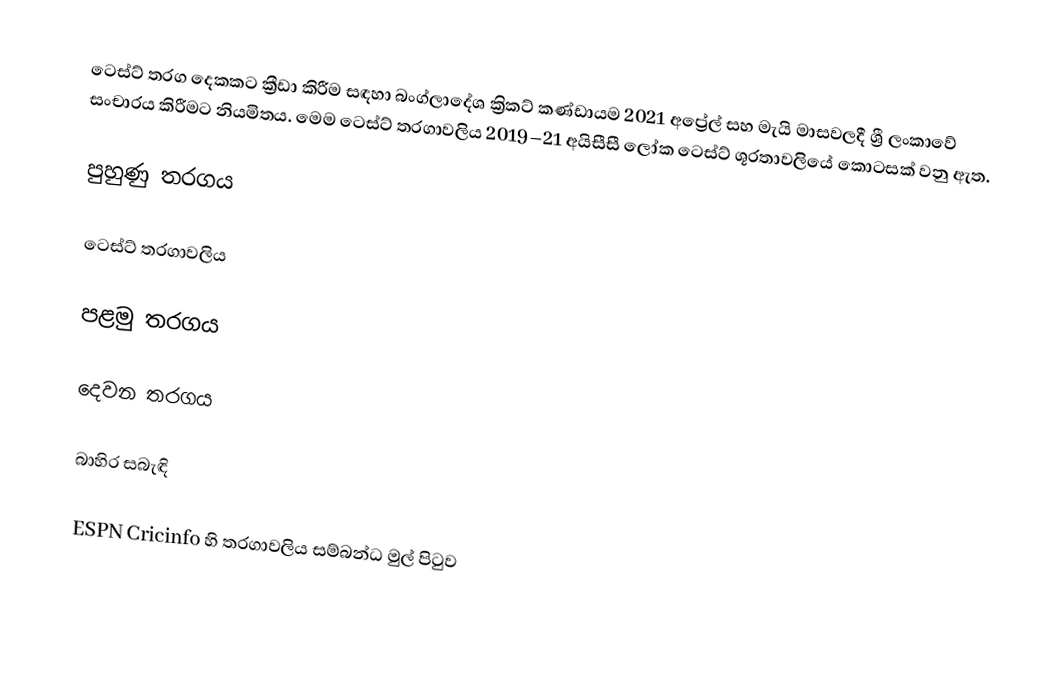
ටෙස්ට් තරග දෙකකට ක්‍රීඩා කිරීම සඳහා බංග්ලාදේශ ක්‍රිකට් කණ්ඩායම 2021 අප්‍රේල් සහ මැයි මාසවලදී ශ්‍රී ලංකාවේ සංචාරය කිරීමට නියමිතය.  මෙම ටෙස්ට් තරගාවලිය 2019–21 අයිසීසී ලෝක ටෙස්ට් ශූරතාවලියේ කොටසක් වනු ඇත.

පුහුණු තරගය

ටෙස්ට් තරගාවලිය

පළමු තරගය

දෙවන තරගය

බාහිර සබැඳි

 ESPN Cricinfo හි තරගාවලිය සම්බන්ධ මුල් පිටුව